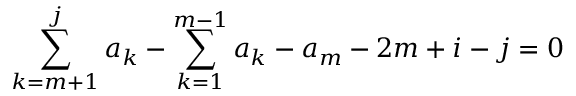
\sum _ { k = m + 1 } ^ { j } a _ { k } - \sum _ { k = 1 } ^ { m - 1 } a _ { k } - a _ { m } - 2 m + i - j = 0